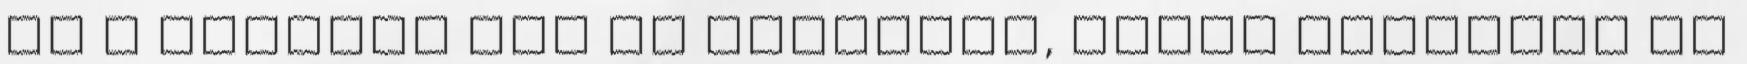
és a határon túl is olvasnak, akkor támogasd az